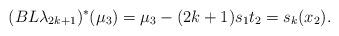
LaTeX: \begin{align*}(BL\lambda_{2k+1})^\ast(\mu_3)=\mu_3-(2k+1)s_1t_2=s_k(x_2).\end{align*}